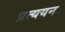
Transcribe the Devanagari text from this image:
प्रत्ययन